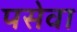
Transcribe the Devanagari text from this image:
पसेवा